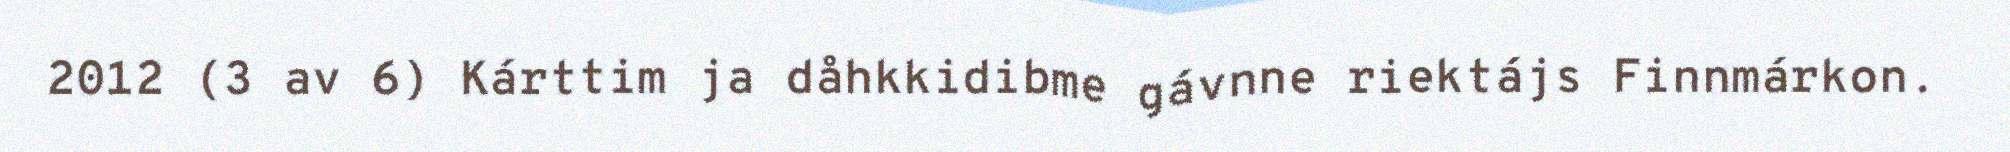
2012 (3 av 6) Kárttim ja dåhkkidibme gávnne riektájs Finnmárkon.